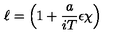
\ell = \left( 1 + \frac { a } { i T } \epsilon \chi \right)